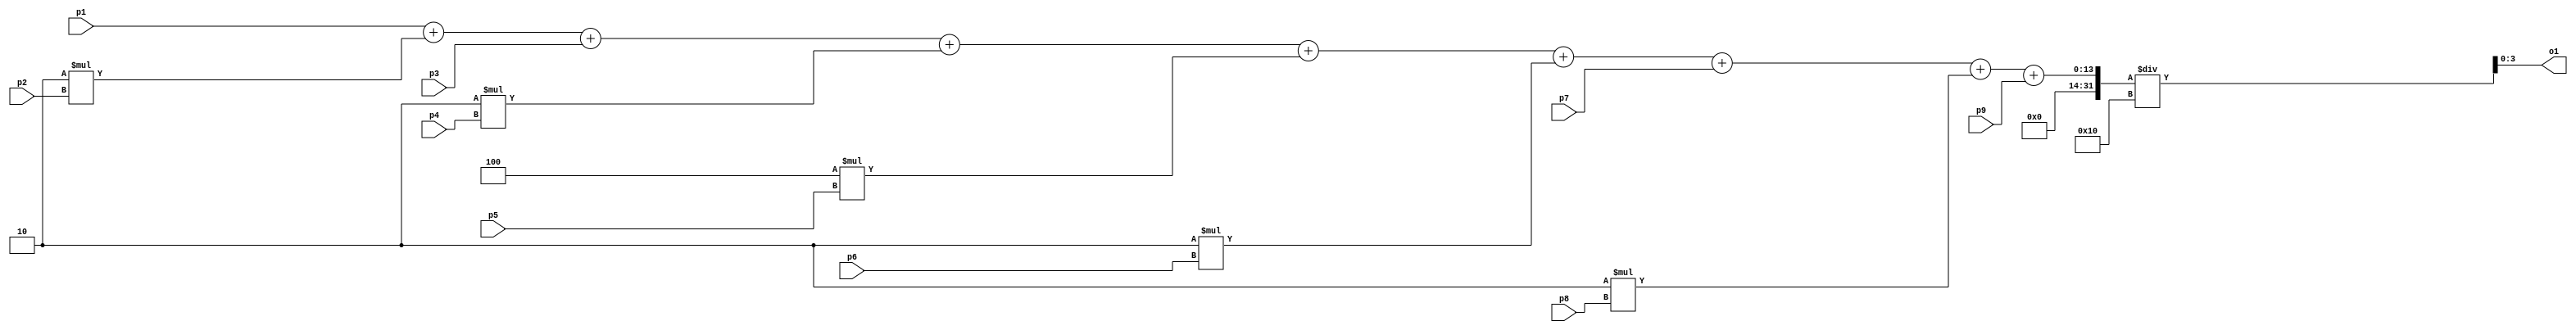
`timescale 1ns / 1ps
//////////////////////////////////////////////////////////////////////////////////
// Company: 
// Engineer: 
// 
// Design Name: 
// Module Name: average_pixel
// Project Name: 
// Target Devices: 
// Tool Versions: 
// Description: 
// 
// Dependencies: 
// 
// Revision:
// Revision 0.01 - File Created
// Additional Comments:
// 
//////////////////////////////////////////////////////////////////////////////////


module average_pixel(
    input [3:0] p1,p2,p3,p4,p5,p6,p7,p8,p9,
output [3:0] o1
    );
    
    reg [3:0] mid1;
    always@(*)
    begin
        mid1=(p1+(2*p2)+p3+(2*p4)+(4*p5)+(2*p6)+p7+(2*p8)+p9)/16;
    end
    assign o1=mid1;
    
endmodule